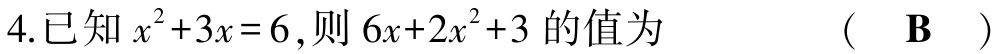
4.已知$x^{2}+3x = 6$,则$6x + 2x^{2}+3$的值为  (  B  )